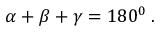
\alpha + \beta + \gamma = 1 8 0 ^ { 0 } \: .